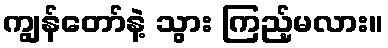
ကျွန်တော်နဲ့ သွား ကြည့်မလား။